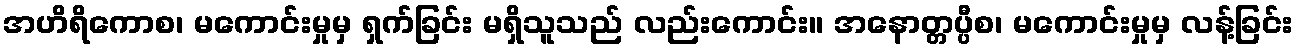
အဟိရိကောစ၊ မကောင်းမှုမှ ရှက်ခြင်း မရှိသူသည် လည်းကောင်း။ အနောတ္တပ္ပီစ၊ မကောင်းမှုမှ လန့်ခြင်း